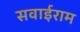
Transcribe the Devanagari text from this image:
सवाईराम